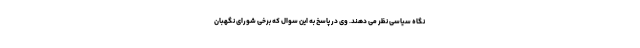
نگاه سیاسی نظر می دهند. وی در پاسخ به این سوال که برخی شورای نگهبان